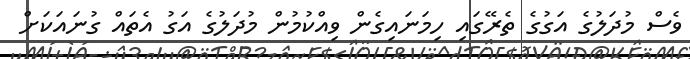
ވެސް މުދަލުގެ އަގުގެ ތެރޭގައި ހިމަނައިގެން ވިއްކުމުން މުދަލުގެ އަގު އެތައް ގުނައަކަށް